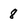
Character: 8